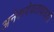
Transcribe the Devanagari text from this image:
अनेकदेवतावादही